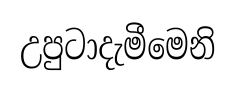
උපුටාදැමීමෙනි